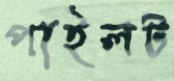
পাইলট